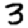
Digit: 3